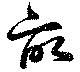
畆